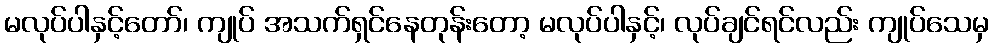
မလုပ်ပါနှင့်တော်၊ ကျုပ် အသက်ရှင်နေတုန်းတော့ မလုပ်ပါနှင့်၊ လုပ်ချင်ရင်လည်း ကျုပ်သေမှ